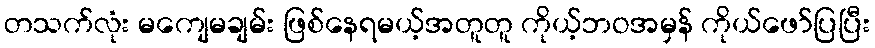
တသက်လုံး မကျေမချမ်း ဖြစ်နေရမယ့်အတူတူ ကိုယ့်ဘဝအမှန် ကိုယ်ဖော်ပြပြီး